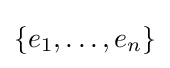
\left\{e_{1},\ldots ,e_{n}\right\}